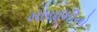
માયામીનો